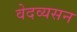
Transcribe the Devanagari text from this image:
वेदव्यसन